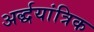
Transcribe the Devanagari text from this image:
अर्द्धयांत्रिक